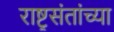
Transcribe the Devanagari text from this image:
राष्ट्रसंतांच्या